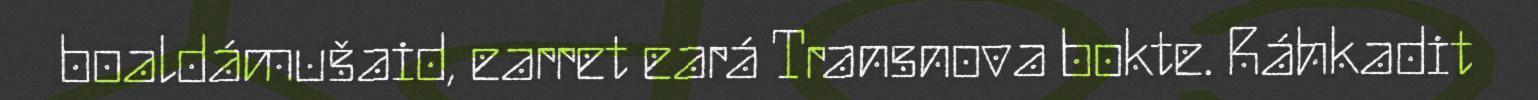
boaldámušaid, earret eará Transnova bokte. Ráhkadit